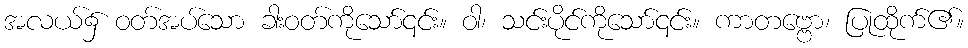
အလယ်၌ ဝတ်အပ်သော ခါးဝတ်ကိုသော်၎င်း။ ဝါ၊ သင်းပိုင်ကိုသော်၎င်း။ ကာတဗ္ဗော၊ ပြုထိုက်၏။